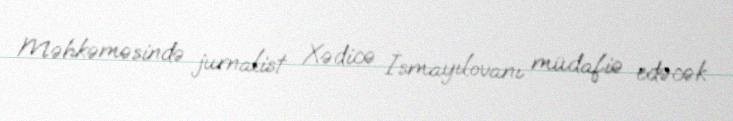
Məhkəməsində jurnalist Xədicə İsmayılovanı müdafiə edəcək.